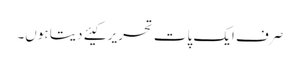
صرف ایک پات تحریر کیئے دیتا ہوں۔